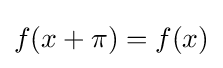
f(x+\pi )=f(x)